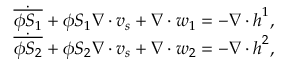
\begin{array} { r l } & { \dot { \overline { { \phi S _ { 1 } } } } + \phi S _ { 1 } \nabla \cdot \boldsymbol { v } _ { s } + \nabla \cdot \boldsymbol { w } _ { 1 } = - \nabla \cdot \boldsymbol { h } ^ { 1 } , } \\ & { \dot { \overline { { \phi S _ { 2 } } } } + \phi S _ { 2 } \nabla \cdot \boldsymbol { v } _ { s } + \nabla \cdot \boldsymbol { w } _ { 2 } = - \nabla \cdot \boldsymbol { h } ^ { 2 } , } \end{array}